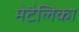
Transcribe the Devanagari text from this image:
मेटैलिका